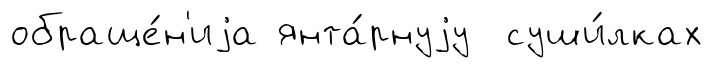
обраще́н'иjа янта́рнуjу суши́лках